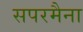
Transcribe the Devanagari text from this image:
सपरमैना